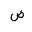
Letter: _dad